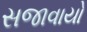
સજાવાયો